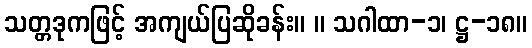
သတ္တဒုကဖြင့် အကျယ်ပြဆိုခန်း။ ။ သဂါထာ-၁၊ ဋ္ဌ-၁၈။